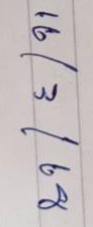
16/3/68